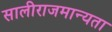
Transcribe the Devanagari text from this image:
सालीराजमान्यता